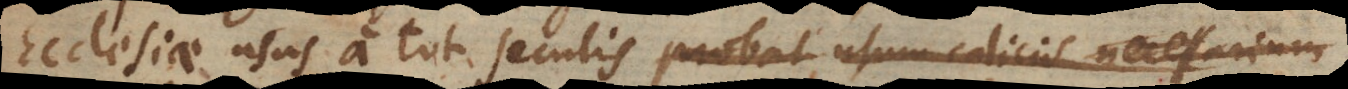
Ecclesiae usus a tot seculis probat usum calicis necessarium